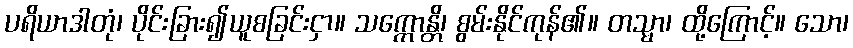
ပရိယာဒါတုံ၊ ပိုင်းခြား၍ယူစခြင်းငှာ။ သက္ကောန္တိ၊ စွမ်းနိုင်ကုန်၏။ တသ္မာ၊ ထို့ကြောင့်။ သော၊